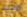
مجيد